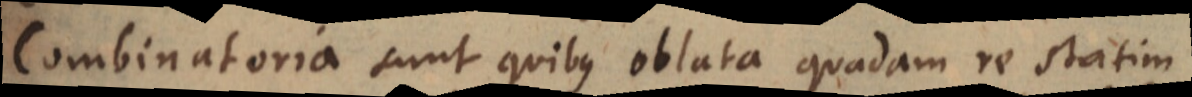
Combinatoria sunt quibus oblata quadam re statim